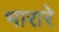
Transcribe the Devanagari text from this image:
भारारे